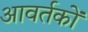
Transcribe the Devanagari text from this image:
आवर्तकों